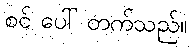
စင် ပေါ် တက်သည်။